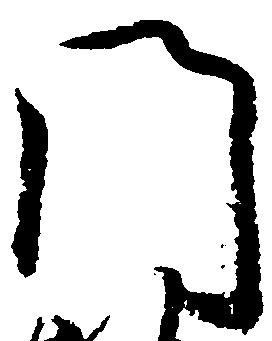
門